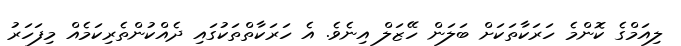
ލިއަމްގެ ކޮންމެ ހަރަކާތަކަށް ބަލަން ހޭޒަލް އިނެވެ. އެ ހަރަކާތްތަކުގައި ދެއްކުންތެރިކަމެއް މިފަހަރު